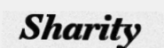
Sharity